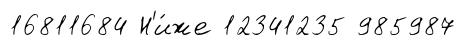
16811684 Н'и́же 12341235 985987